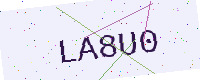
Text: LA8U0